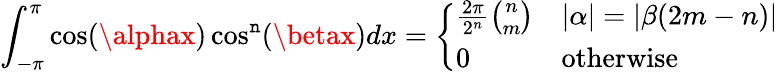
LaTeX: \int_{-\pi}^{\pi}\cos(\alphax)\cos^{\mathtt{n}}(\betax)dx={\left\{ \begin{array}{ll}{{\frac{2\pi}{2^{n}}}{\binom{n}{m}}}&{|\alpha|=|\beta(2m-n)|}\\ {0}&{{\mathrm{otherwise}}}\end{array}\right.}